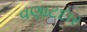
વણાટદાર